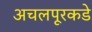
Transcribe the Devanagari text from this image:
अचलपूरकडे